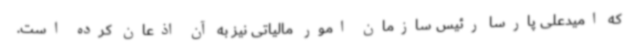
که امیدعلی پارسا رئیس سازمان امور مالیاتی نیز به آن اذعان کرده است.